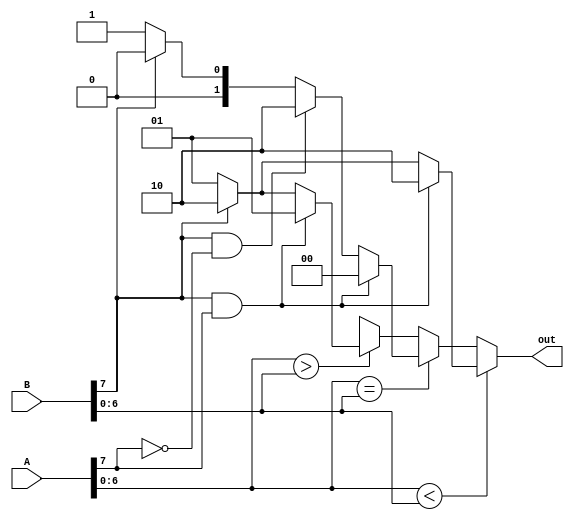
`timescale 1ns / 1ps
//////////////////////////////////////////////////////////////////////////////////
// Company: 
// Engineer: 
// 
// Design Name: 
// Module Name: compa
// Project Name: 
// Target Devices: 
// Tool Versions: 
// Description: 
// 
// Dependencies: 
// 
// Revision:
// Revision 0.01 - File Created
// Additional Comments:
// 
//////////////////////////////////////////////////////////////////////////////////


module compa(A,B,out);
    input [7:0]A;
    input [7:0]B;
    output [1:0]out;
    reg [1:0]out;
    always @(*)  
    if ( A[6:0]<B[6:0])
       if ( B[7] == 1'b1 & A[7] == 1'b1)
        out = 2'b10;//A mayor B
       else if ( B[7] == 1'b1)
        out = 2'b10;//A mayor B
       else
        out = 2'b01;//B mayor A
    else if ( A[6:0] == B[6:0])
        if ( B[7] == 1'b1 & A[7] == 1'b1)
        out = 2'b00;//A igual B
       else if ( B[7] == 1'b1 & A[7] == 1'b0)
        out = 2'b10;//A mayor B
       else if (B[7] == 1'b0)  
        out = 2'b01;//B mayor A
       else 
        out = 2'b00;//A igual B  
    else if ( A[6:0] > B[6:0])
        if ( B[7] == 1'b1 & A[7] == 1'b1)
        out = 2'b01;//B mayor A
       else if ( B[7] == 1'b1)
        out = 2'b10;//A mayor B
       else
        out = 2'b01;//B mayor A    
    else
        out = 2'bxx;//seales desconocidas.
     
endmodule